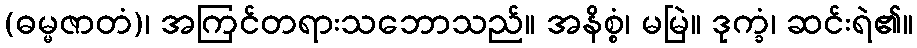
(ဓမ္မဇာတံ)၊ အကြင်တရားသဘောသည်။ အနိစ္စံ၊ မမြဲ။ ဒုက္ခံ၊ ဆင်းရဲ၏။